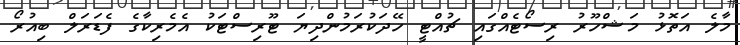
މާލެ އަތޮޅު މަޝްހޫރު ރިސޯޓެއްގައި ޗުއްޓީ ހޭދަކުރަމުންދިޔަ ޓޫރިސްޓަކު އެމެރިކާގެ ފެޑަރަލް ބިއުރޯ